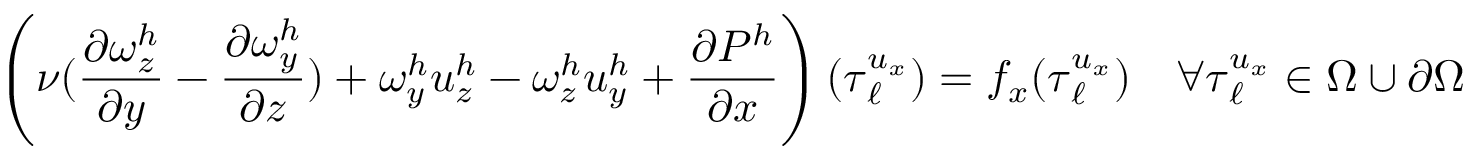
\left( \nu ( \frac { \partial \omega _ { z } ^ { h } } { \partial y } - \frac { \partial \omega _ { y } ^ { h } } { \partial z } ) + \omega _ { y } ^ { h } u _ { z } ^ { h } - \omega _ { z } ^ { h } u _ { y } ^ { h } + \frac { \partial P ^ { h } } { \partial x } \right) ( \boldsymbol { \tau } _ { \ell } ^ { u _ { x } } ) = f _ { x } ( \boldsymbol { \tau } _ { \ell } ^ { u _ { x } } ) \quad \forall \boldsymbol { \tau } _ { \ell } ^ { u _ { x } } \in \Omega \cup \partial \Omega